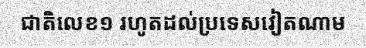
ជាតិលេខ១ រហូតដល់ប្រទេសវៀតណាម